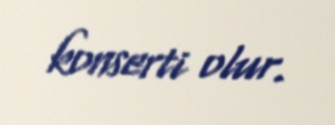
konserti olur.